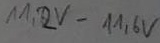
Text: 11,2V-11,6V